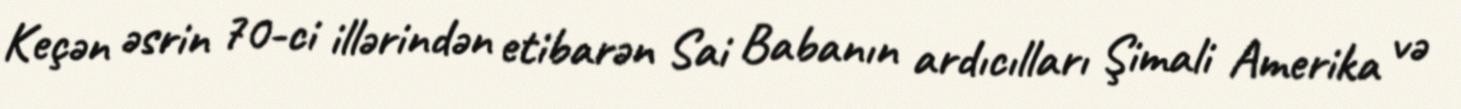
Keçən əsrin 70-ci illərindən etibarən Sai Babanın ardıcılları Şimali Amerika və